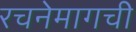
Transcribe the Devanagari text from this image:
रचनेमागची